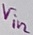
Text: Vin